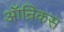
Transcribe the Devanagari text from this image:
ऑन्रिकस